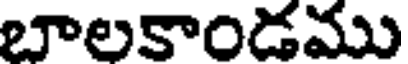
బాలకాండము